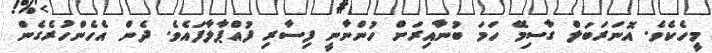
މީހެކެވެ. އޮނަރަބަލް ގާސިމޭ ހަމަ ބުނާއިރަށް ހުންނާނީ ފިސާރި ފުއްޕާލާފައެވެ. ދެން އެހެންހުރެގެން